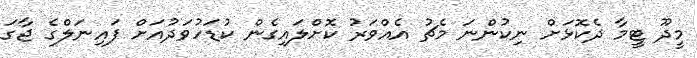
މީދޫ ޓީމާ ދެކޮޅަށް ނިކުންނަ މެޗު އެއްވަރު ކޮށްލައިގެން ކުޑަހުވަދުއަށް ފައިނަލްގެ ޖާގަ